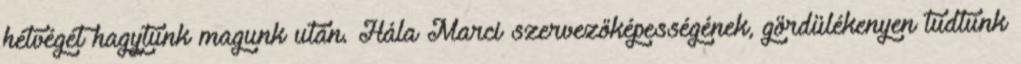
hétvégét hagytunk magunk után. Hála Marci szervezőképességének, gördülékenyen tudtunk